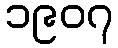
၁၉၀၇